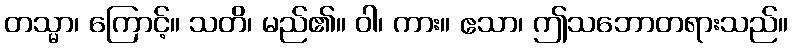
တသ္မာ၊ ကြောင့်။ သတိ၊ မည်၏။ ဝါ၊ ကား။ ဧသာ၊ ဤသဘောတရားသည်။